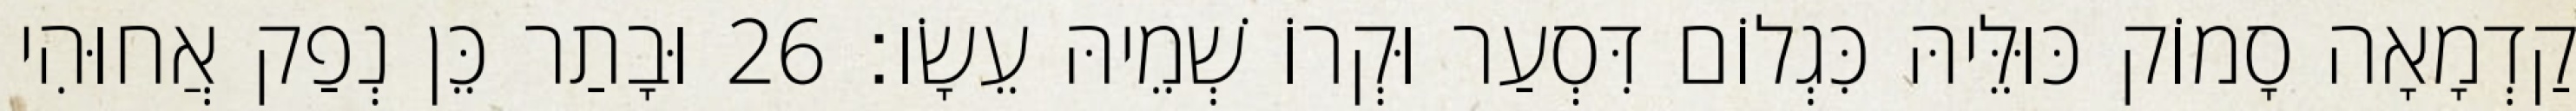
קַדְמָאָה סָמוֹק כּוּלֵּיהּ כִּגְלוֹם דִּסְעַר וּקְרוֹ שְׁמֵיהּ עֵשָׂו׃ 26 וּבָתַר כֵּן נְפַק אֲחוּהִי